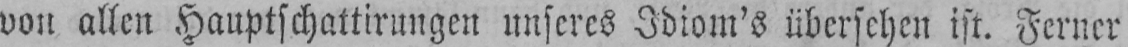
von allen Hauptschattirungen unseres Idiom’s übersehen ist. Ferner